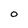
Character: O